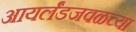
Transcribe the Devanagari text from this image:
आयर्लंडजवळच्या